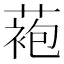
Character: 𬞆